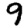
Digit: 9